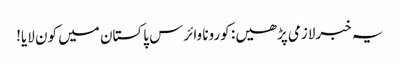
یہ خبرلازمی پڑھیں: کورونا وائرس پاکستان میں کون لایا!